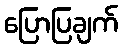
ပြောပြချက်